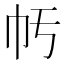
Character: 𢁢